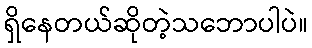
ရှိနေတယ်ဆိုတဲ့သဘောပါပဲ။